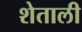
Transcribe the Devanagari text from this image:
शेताली